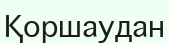
Қоршаудан